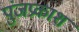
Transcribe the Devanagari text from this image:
पुंजप्रकाश